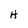
Character: H